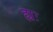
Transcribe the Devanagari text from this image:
ह्यः